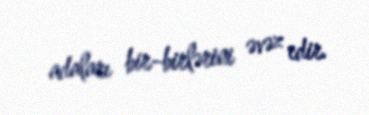
adaları bir-birlərini əvəz edir.